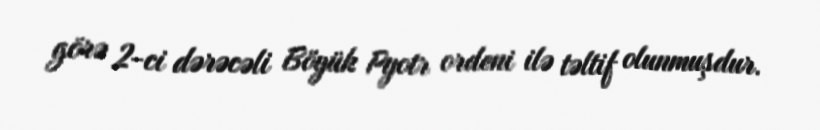
görə 2-ci dərəcəli Böyük Pyotr ordeni ilə təltif olunmuşdur.